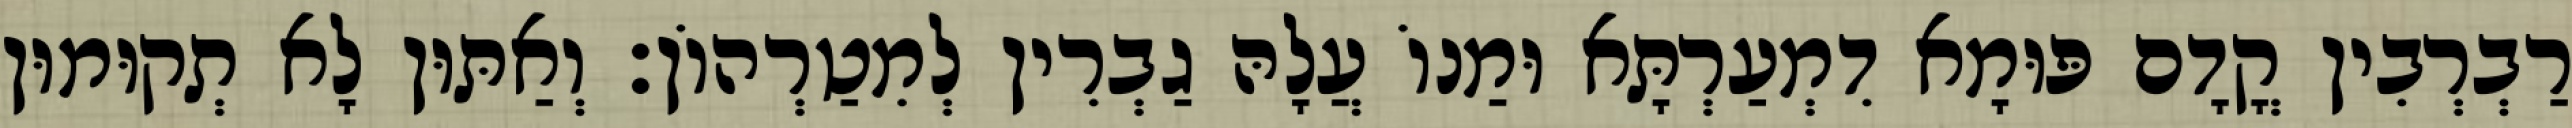
רַבְרְבִין קֳדָם פּוּמָא דִמְעַרְתָּא וּמַנוֹ עֲלָהּ גַבְרִין לְמִטַרְהוֹן׃ וְאַתּוּן לָא תְקוּמוּן